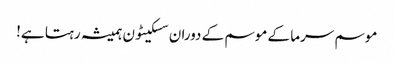
موسم سرما کے موسم کے دوران سسکیٹون ہمیشہ رہتا ہے!